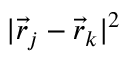
| \vec { r } _ { j } - \vec { r } _ { k } | ^ { 2 }